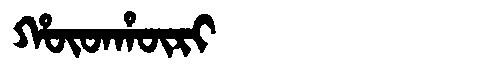
Manchu: ᡥᡡᡨᡥᡡᡵᡳ
Romanization: HŪTHŪRI